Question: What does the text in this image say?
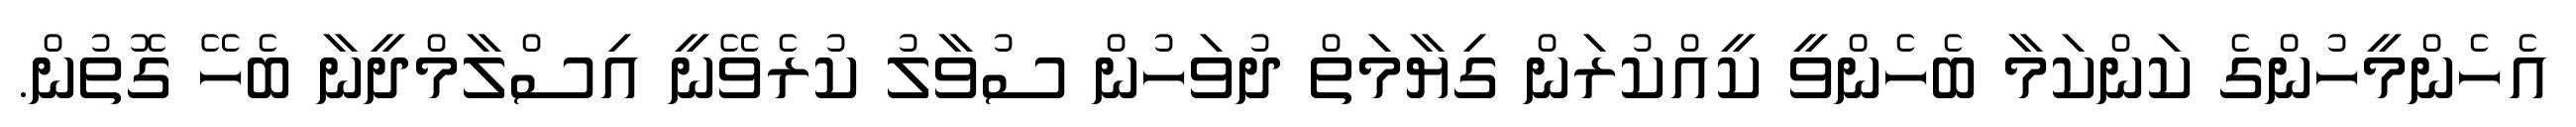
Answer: އެހެންމީހުންގެ ކަންކަމާ ބެހެންވީ ކީއްކުރަން ގިޔާމަތް ދުވަހުން ސުވާލު ކުރެވޭނީ އިސްލާމްދީނާ ބެހޭ ގޮތުން.